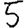
Digit: 5